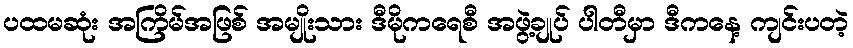
ပထမဆုံး အကြိမ်အဖြစ် အမျိုးသား ဒီမိုကရေစီ အဖွဲ့ချုပ် ပါတီမှာ ဒီကနေ့ ကျင်းပတဲ့